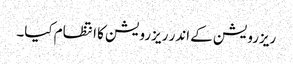
ریزرویشن کے اندر ریزرویشن کا انتظام کیا۔